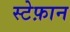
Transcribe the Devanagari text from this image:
स्टेफ़ान